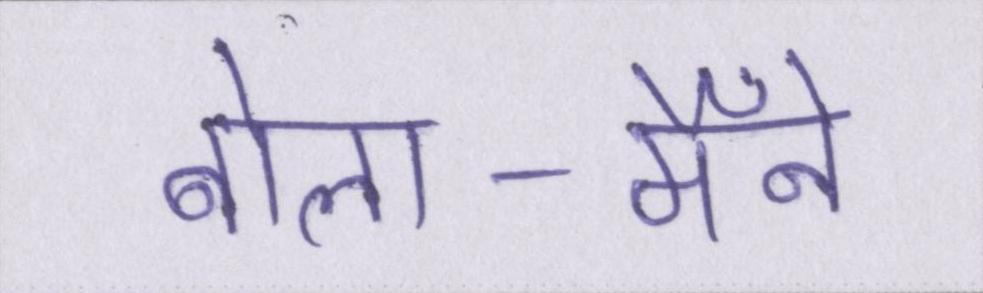
बोला-मैँने